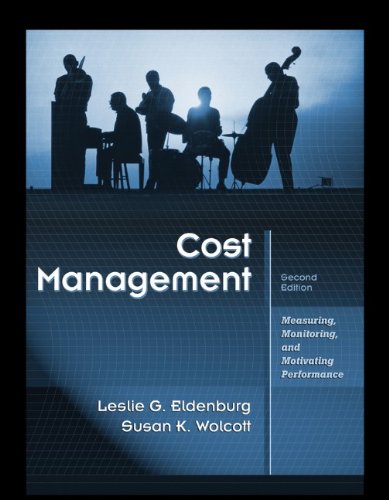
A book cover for Cost Management: Measuring, Monitoring, and Motivating Performance; Leslie G. Eldenburg; Business & Money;